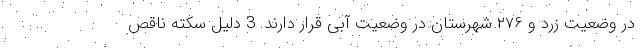
در وضعیت زرد و ۲۷۶ شهرستان در وضعیت آبی قرار دارند. 3 دلیل سکته ناقص